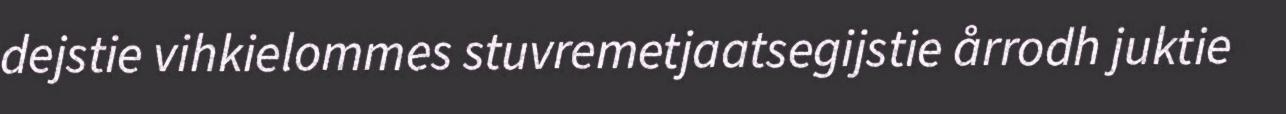
dejstie vihkielommes stuvremetjaatsegijstie årrodh juktie